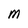
Character: M